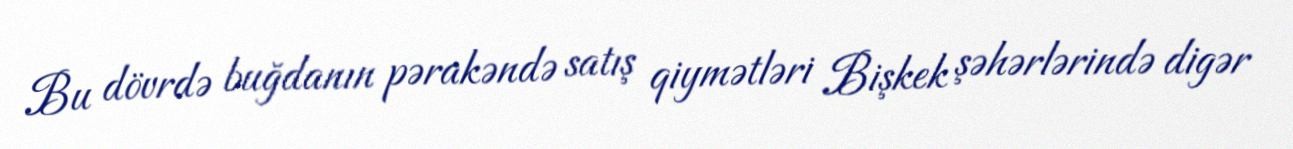
Bu dövrdə buğdanın pərakəndə satış qiymətləri Bişkek şəhərlərində digər